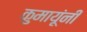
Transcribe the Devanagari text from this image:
कुमायूंनी